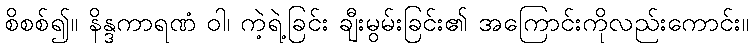
စိစစ်၍။ နိန္ဒကာရဏံ ဝါ၊ ကဲ့ရဲ့ခြင်း ချီးမွမ်းခြင်း၏ အကြောင်းကိုလည်းကောင်း။